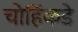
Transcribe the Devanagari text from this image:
चोहिंकडे